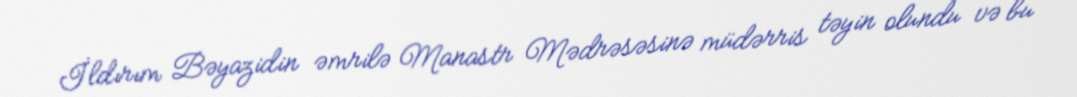
İldırım Bəyazidin əmrilə Manastr Mədrəsəsinə müdərris təyin olundu və bu